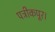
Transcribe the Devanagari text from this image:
पत्रीकपूर।